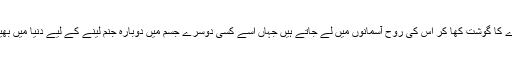
یہ گدھ مردے کا گوشت کھا کر اس کی روح آسمانوں میں لے جاتے ہیں جہاں اسے کسی دوسرے جسم میں دوبارہ جنم لینے کے لیے دنیا میں بھیجا جاتا ہے۔